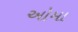
ઓમા